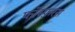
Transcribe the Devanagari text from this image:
फॉस्फ़रस